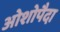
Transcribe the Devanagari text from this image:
ओशोपैदा